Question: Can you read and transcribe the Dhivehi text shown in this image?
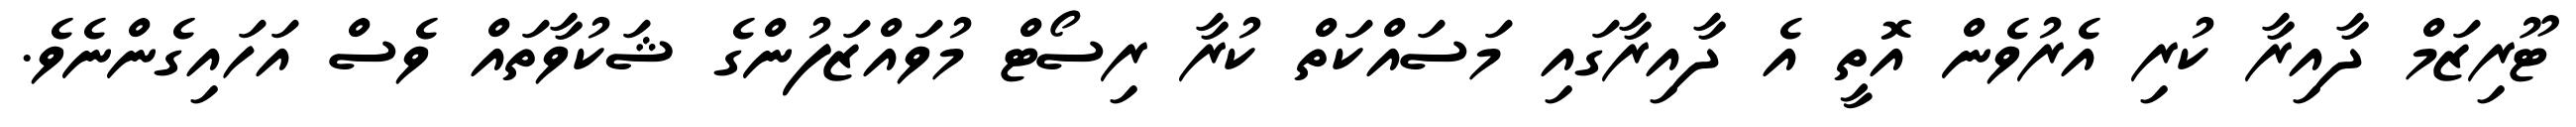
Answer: ޓޫރިޒަމް ދާއިރާ ކުރި އެރުވެން އޮތީ އެ ދާއިރާގައި މަސައްކަތް ކުރާ ރިސޯޓް މުވައްޒަފުންގެ ޝަކުވާތައް ވެސް އަހައިގެންނެވެ.